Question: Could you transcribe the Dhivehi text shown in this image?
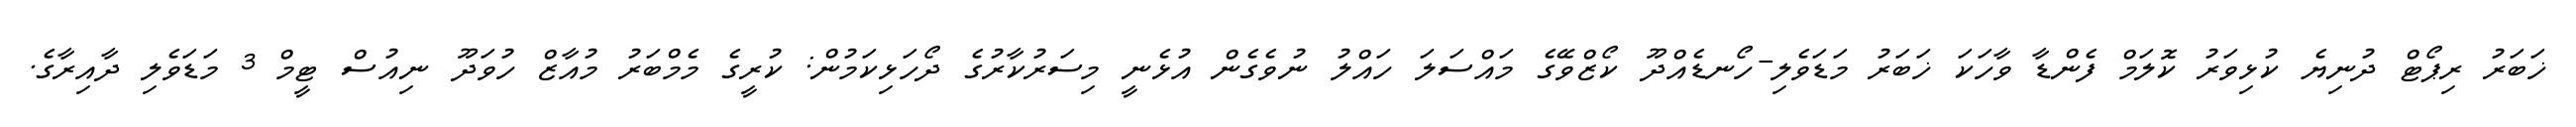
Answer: ޚަބަރު ރިޕޯޓް ދުނިޔެ ކުޅިވަރު ކޮލަމް ފެންޑާ ވާހަކަ ޚަބަރު މަޑަވެލި-ހޯނޑެއްދޫ ކޯޒްވޭގެ މައްސަލަ ހައްލު ނުވެގެން އުޅެނީ މިސަރުކާރުގެ ދޯހަޅިކަމުން: ކުރީގެ މެމްބަރު މުއާޒް ހުވަދޫ ނިއުސް ޓީމް 3 މަޑަވެލި ދާއިރާގެ.